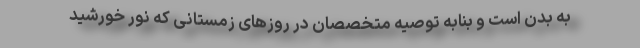
به بدن است و بنابه‌ توصیه متخصصان در روزهای زمستانی که نور خورشید